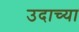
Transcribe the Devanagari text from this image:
उदाच्या